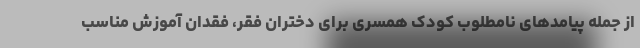
از جمله پیامدهای نامطلوب کودک همسری برای دختران فقر، فقدان آموزش مناسب